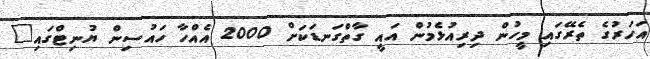
އަހަރުގެ ތެރޭގައި މީހުން ދިރިއުޅެމުން އައީ ގާތްގަނޑަކަށް 2000 އެއްހާ ހައުސިން ޔުނިޓްގައި"